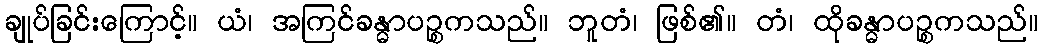
ချုပ်ခြင်းကြောင့်။ ယံ၊ အကြင်ခန္ဓာပဉ္စကသည်။ ဘူတံ၊ ဖြစ်၏။ တံ၊ ထိုခန္ဓာပဉ္စကသည်။